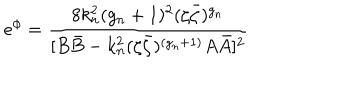
LaTeX: e ^ { \phi } = \frac { 8 k _ { n } ^ { 2 } ( g _ { n } + 1 ) ^ { 2 } ( \zeta \bar { \zeta } ) ^ { g _ { n } } } { [ B \bar { B } - k _ { n } ^ { 2 } ( \zeta \bar { \zeta } ) ^ { ( g _ { n } + 1 ) } A \bar { A } ] ^ { 2 } }